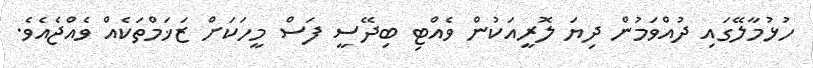
ހުޅުމާލޭގައި ދުއްވަމުން ދިޔަ ލޮރީއަކުން ވެއްޓި ބިދޭސީ ފަސް މީހަކަށް ޒަޚަމްތަކެއް ވެއްޖެއެވެ.